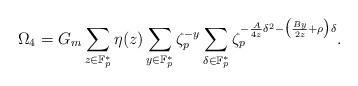
LaTeX: \begin{align*}\Omega_4= G_m \sum_{z\in \mathbb{F}_p^*} \eta(z)\sum_{y\in \mathbb{F}_p^*}\zeta_p^{-y}\sum_{\delta \in \mathbb{F}_p^*}\zeta_p^{- \frac{A}{4z} \delta^2 -\big( \frac{By}{2z}+\rho \big)\delta }.\end{align*}